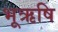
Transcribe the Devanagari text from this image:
भूऋषि